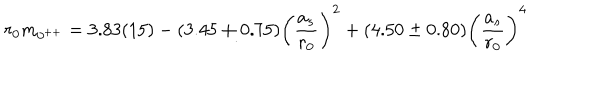
LaTeX: r _ { 0 } m _ { 0 ^ { + + } } = 3 . 8 3 ( 1 5 ) - ( 3 . 4 5 \pm 0 . 7 5 ) \biggl ( { \frac { a _ { s } } { r _ { 0 } } } \biggr ) ^ { 2 } + ( 4 . 5 0 \pm 0 . 8 0 ) \biggl ( { \frac { a _ { s } } { r _ { 0 } } } \biggr ) ^ { 4 }